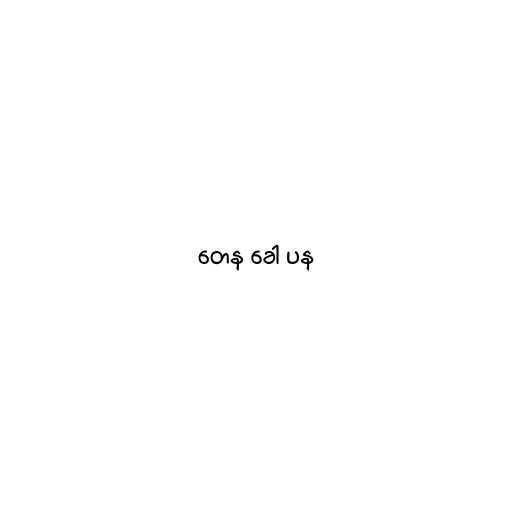
တေန ခေါ ပန